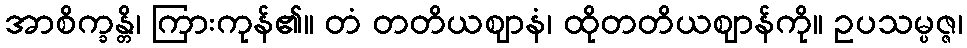
အာစိက္ခန္တိ၊ ကြားကုန်၏။ တံ တတိယဈာနံ၊ ထိုတတိယဈာန်ကို။ ဥပသမ္ပဇ္ဇ၊